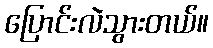
ပြောင်းလဲသွားတယ်။